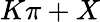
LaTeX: K\pi+X